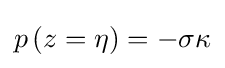
p\left(z=\eta \right)=-\sigma \kappa